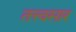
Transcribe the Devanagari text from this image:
तत्त्वसार